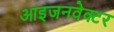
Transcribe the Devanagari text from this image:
आइजनवेक्टर